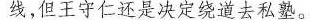
线，但王守仁还是决定绕道去私塾。